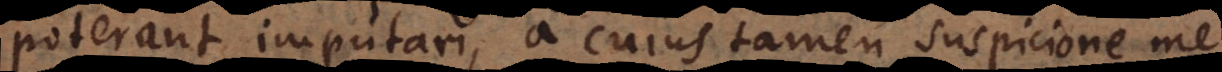
poterant imputari, a cujus tamen suspicione me